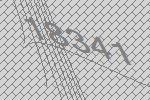
18341